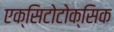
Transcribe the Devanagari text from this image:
एक्सिटोटोक्सिक